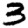
Digit: 3